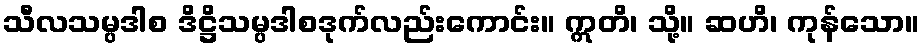
သီလသမ္ပဒါစ ဒိဋ္ဌိသမ္ပဒါစဒုက်လည်းကောင်း။ ဣတိ၊ သို့။ ဆဟိ၊ ကုန်သော။